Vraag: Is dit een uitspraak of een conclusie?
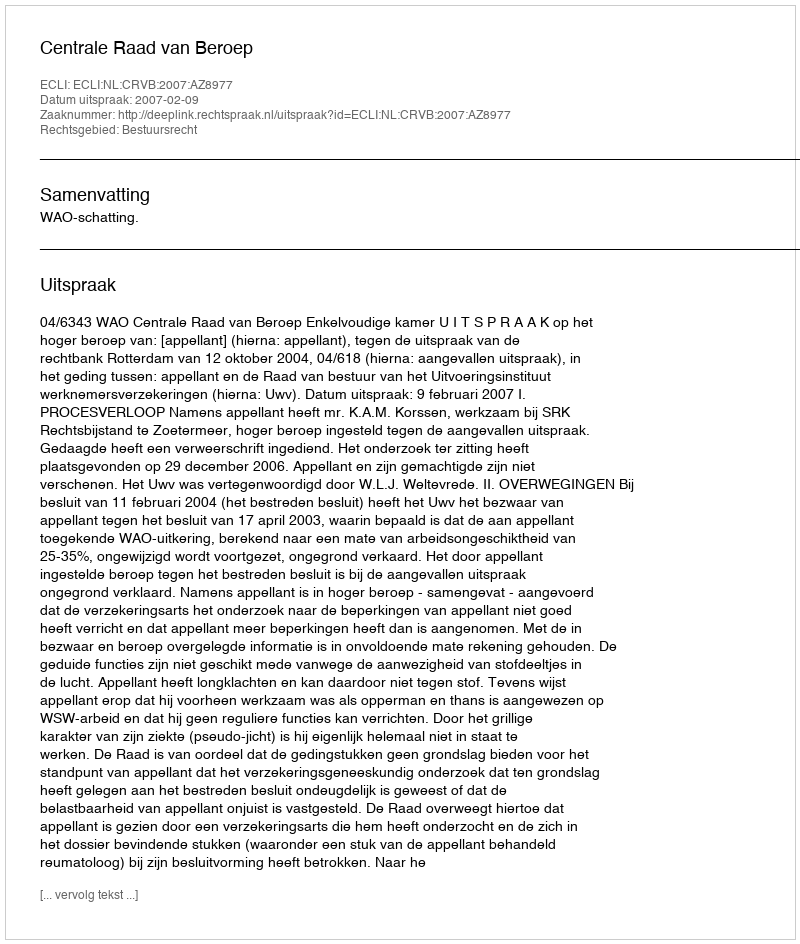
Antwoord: Uitspraak